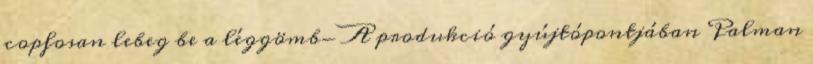
copfosan lebeg be a léggömb- A produkció gyújtópontjában Palman